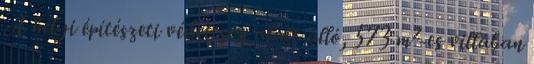
A helyi építészeti védettség alatt álló, 573 m²-es villában